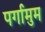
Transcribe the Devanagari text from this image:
पर्गामुम